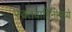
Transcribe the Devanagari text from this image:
रक्तवाहिनीमध्ये